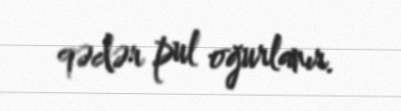
qədər pul oğurlanır.